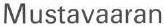
Mustavaaran